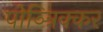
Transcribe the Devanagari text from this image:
पोञ्त्रिक्कर